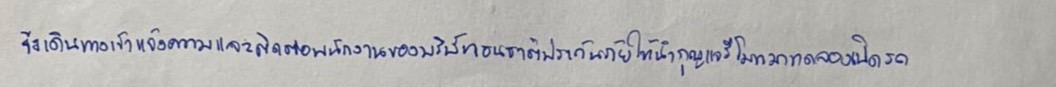
จึงเดินทางเข้าแจ้งความและติดต่อพนักงานของบริษัทธนชาติประกันภัยให้นำกุญแจรีโมทมาทดลองเปิดรถ